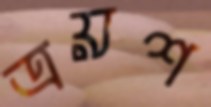
ত্রয়শ